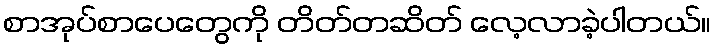
စာအုပ်စာပေတွေကို တိတ်တဆိတ် လေ့လာခဲ့ပါတယ်။